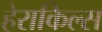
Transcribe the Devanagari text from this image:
हेराकिल्स